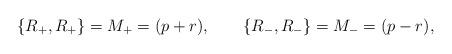
LaTeX: \begin{align*}\{ R_+, R_+ \} = M_+ = (p+r), \qquad\{ R_-, R_- \} = M_- = (p-r), \qquad\end{align*}